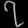
Digit: ၇